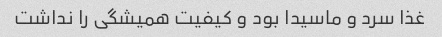
غذا سرد و ماسیدا بود و کیفیت همیشگی را نداشت